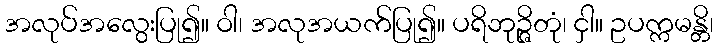
အလုပ်အလွေးပြု၍။ ဝါ၊ အလုအယက်ပြု၍။ ပရိဘုဉ္ဇိတုံ၊ ငှါ။ ဥပက္ကမန္တိ၊